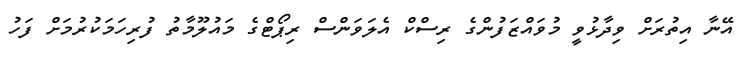
އޭނާ އިތުރަށް ވިދާޅުވީ މުވައްޒަފުންގެ ރިސްކް އެލަވަންސް ރިޕޯޓްގެ މައުލޫމާތު ފުރިހަމަކުރުމަށް ފަހު